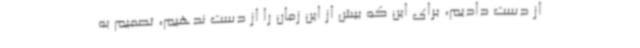
از دست دادیم، برای این که بیش از این زمان را از دست ندهیم، تصمیم به